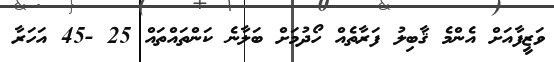
ވަޒީފާއަށް އެންމެ ޤާބިލު ފަރާތެއް ހޯދުމަށް ބަލާނެ ކަންތައްތައް 25 -45 އަހަރާ